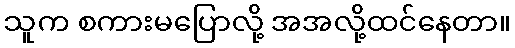
သူက စကားမပြောလို့ အအလို့ထင်နေတာ။